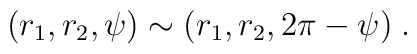
(r_1,r_2,\psi) \sim ( r_1, r_2,2\pi -\psi) \;.